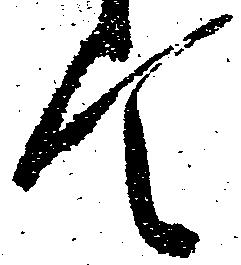
て